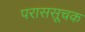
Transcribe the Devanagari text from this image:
पराससूचक